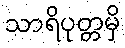
သာရိပုတ္တမှိ